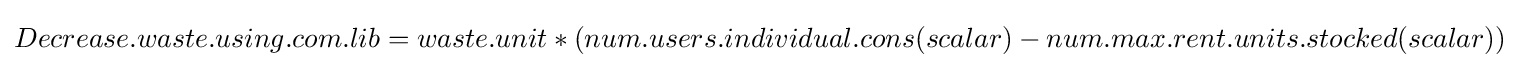
Decrease.waste.using.com.lib=waste.unit*(num.users.individual.cons(scalar)-num.max.rent.units.stocked(scalar))